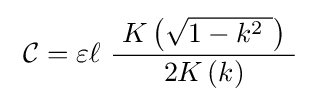
\ {\mathcal {C}}=\varepsilon \ell \ {\frac {\ K\left({\sqrt {1-k^{2}\ }}\right)\ }{2K\left(k\right)}}\